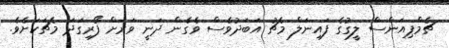
ޗެމްޕިއަންސް ލީގުގެ ފައިނަލް މެޗު އަބަދުވެސް ވެގެން ދަނީ ވަރަށް ފޯރިގަދަ މެޗަކަށެވެ.